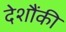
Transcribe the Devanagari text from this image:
देशौंकी